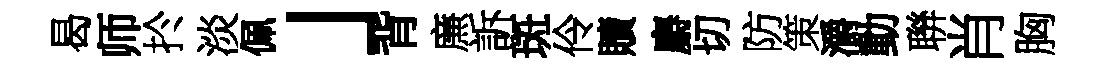
曷师扵淡佩」背㢘訴斑伶贖麝切防策灂動聨肖胸